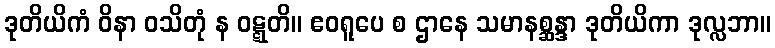
ဒုတိယိကံ ဝိနာ ဝသိတုံ န ဝဋ္ဋတိ။ ဧဝရူပေ စ ဌာနေ သမာနစ္ဆန္ဒာ ဒုတိယိကာ ဒုလ္လဘာ။